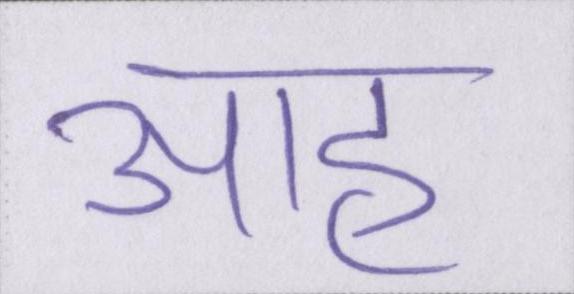
आह